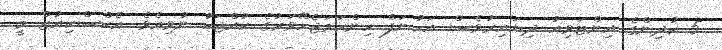
5 ކުދިންގެ އިންޓަވިއު ދިޔައިރުވެސް އަހުނަފް ހިންހަމަޖެހޭވަރުގެ ކުއްޖަކު ނުވިއެވެ. އެކްސްކިއުޒް މީ